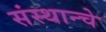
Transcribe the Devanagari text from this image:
संस्थान्चे